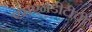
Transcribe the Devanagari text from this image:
एसएनडीटीची